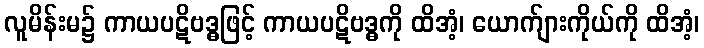
လူမိန်းမ၌ ကာယပဋိဗဒ္ဓဖြင့် ကာယပဋိဗဒ္ဓကို ထိအံ့၊ ယောက်ျားကိုယ်ကို ထိအံ့၊